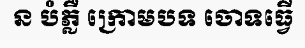
ន បំភ្លឺ ក្រោមបទ ចោទធ្វើ